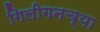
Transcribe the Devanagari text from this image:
गिलीगनच्या